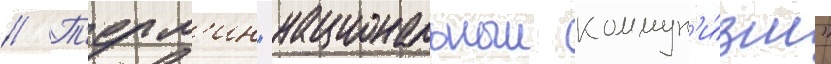
// Т'ерм'ин "национальныи коммун'и́зм"